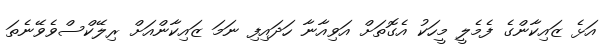
އަޅެ ޒައިކާންގެ ފެމެލީ މީހަކު އެގޮތަށް އަވިއާނާ ހަދައިފި ނަމަ ޒައިކާންއަށް ރިލޭކްސްވެވޭނެތަ